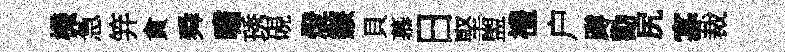
機急笄貪舜嘯琇硯燈鏃貝慕日堅盥禮户蹲勸尻寡裁